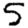
Digit: 5